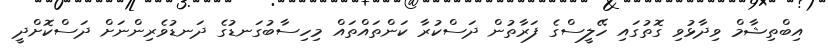
އިބްތިޝާމް ވިދާޅުވި ގޮތުގައި ހޭލީސްގެ ފަރާތުން ދަސްކުރާ ކަންތައްތައް މިހިސާބުގަނޑުގެ ދަނޑުވެރިންނަށް ދަސްކޮށްދީ